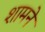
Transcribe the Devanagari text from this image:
शामने